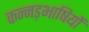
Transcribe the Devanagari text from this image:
कन्नड़भाषियों